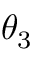
\theta _ { 3 }